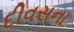
દીવસના